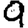
Digit: 9